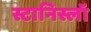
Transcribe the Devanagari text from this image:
स्टानिस्लॉ